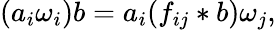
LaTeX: (a_{i}\omega_{i})b=a_{i}(f_{ij}\ast b)\omega_{j},